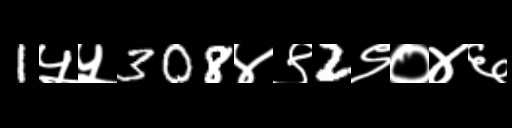
Text: 1५५308४९2९०४६